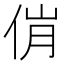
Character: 𬾎